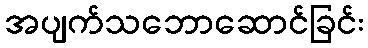
အပျက်သဘောဆောင်ခြင်း